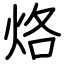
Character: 烙